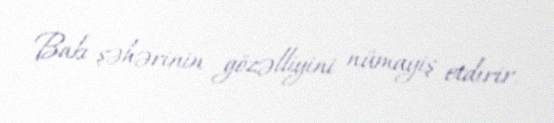
Bakı şəhərinin gözəlliyini nümayiş etdirir.